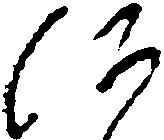
に